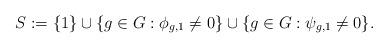
LaTeX: \begin{align*}S:=\{1\}\cup\{g\in G:\phi_{g,1}\neq 0\}\cup\{g\in G:\psi_{g,1}\neq 0\}.\end{align*}